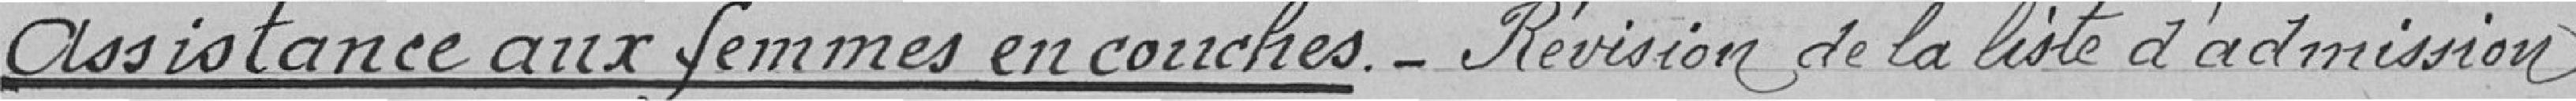
Assistance aux femmes en couches - Révision de la liste d'admission